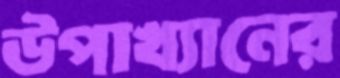
উপাখ্যানের